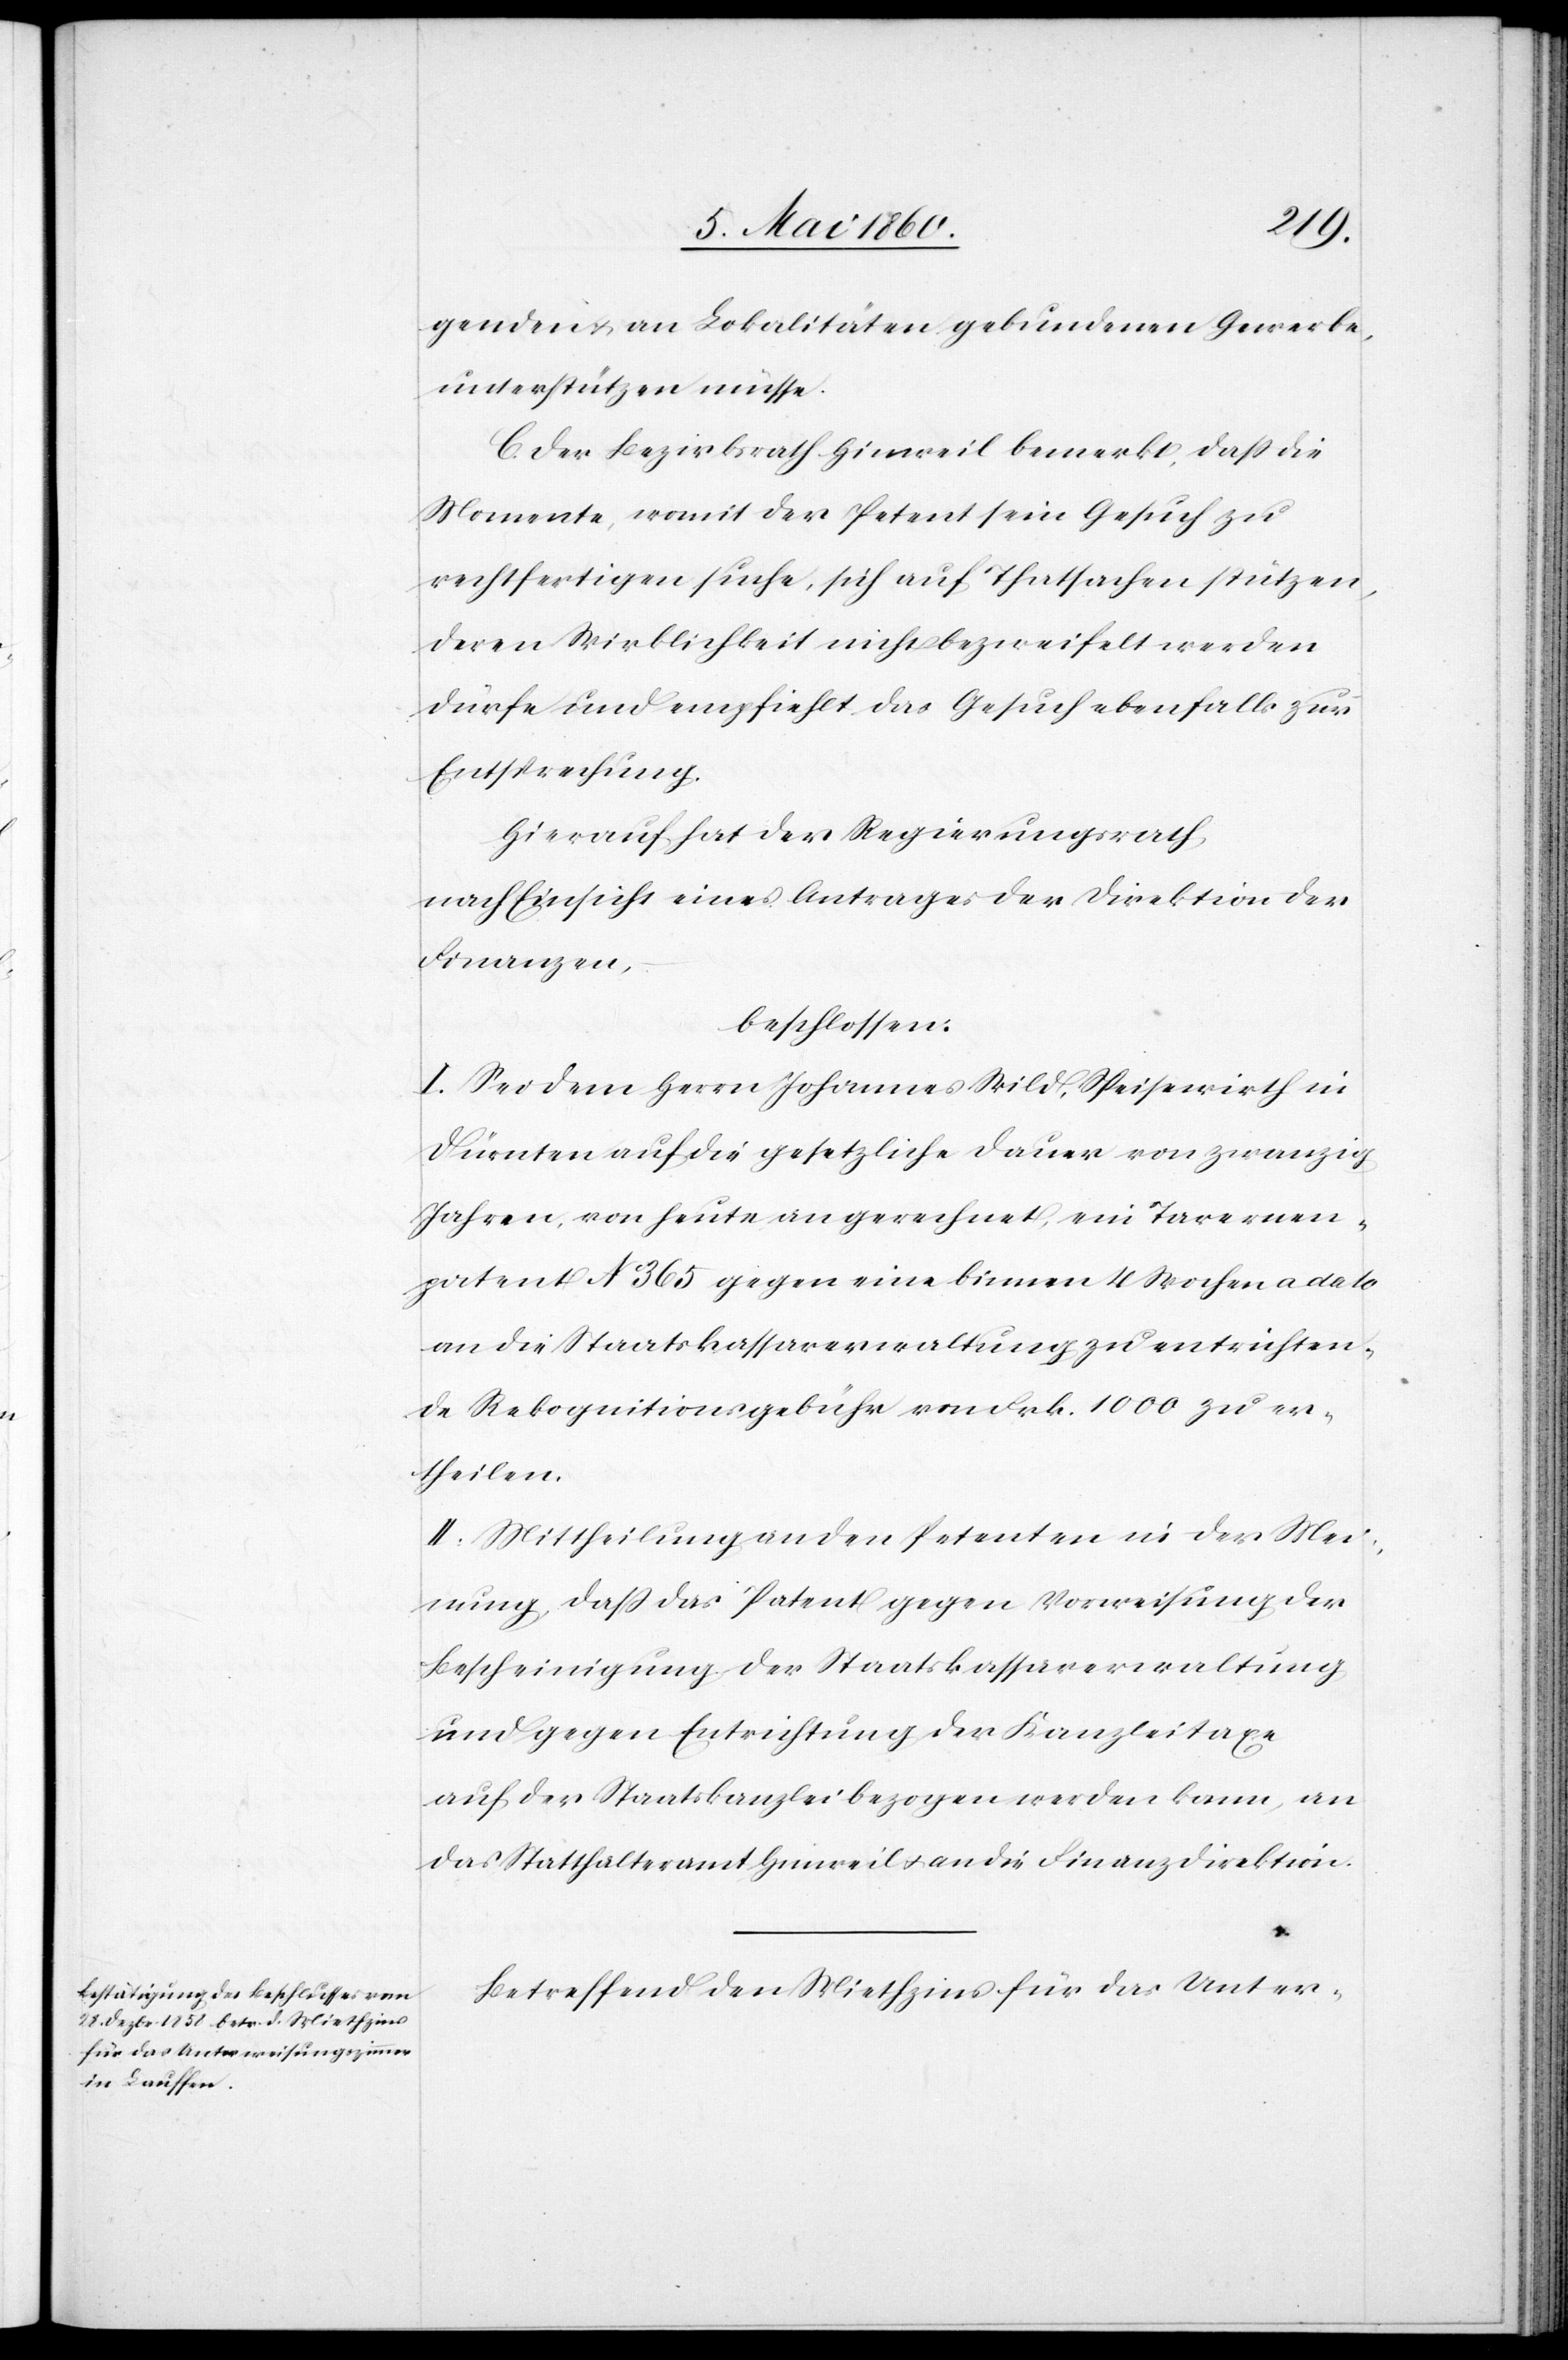
genden u. an Lokalitäten gebundenen Gewerbe,
unterstützen müsse.
C. Der Bezirksrath Hinweil bemerkt, dass die
Momente, womit der Petent sein Gesuch zu
rechtfertigen suche, sich auf Thatsachen stützen,
deren Wirklichkeit nicht bezweifelt werden
dürfe und empfiehlt das Gesuch ebenfalls zur
Entsprechung
Hierauf hat der Regierungsrath
nach Einsicht eines Antrages der Direktion der
Finanzen,
beschlossen.
I. Sei dem Herrn Johannes Wild, Speisewirth in
Dürnten auf die gesetzliche Dauer von zwanzig
Jahren, von heute an gerechnet, ein Tavernen¬
patent No 365 gegen eine binnen 4 Wochen a dato
an die Staatskassaverwaltung zu entrichten¬
de Rekognitionsgebühr von Frk. 1000 zu er¬
theilen.
II. Mittheilung an den Petenten in der Mei¬
nung, dass das Patent gegen Vorweisung der
Bescheinigung der Staatskassaverwaltung
und gegen Entrichtung der Kanzleitaxe
auf der Staatskanzlei bezogen werden kann, an
das Statthalteramt Hinweil u. an die Finanzdirektion.
Betreffend den Miethzins für das Unter-